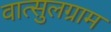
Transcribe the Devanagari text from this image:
वात्सुलग्राम